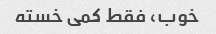
خوب، فقط کمی خسته